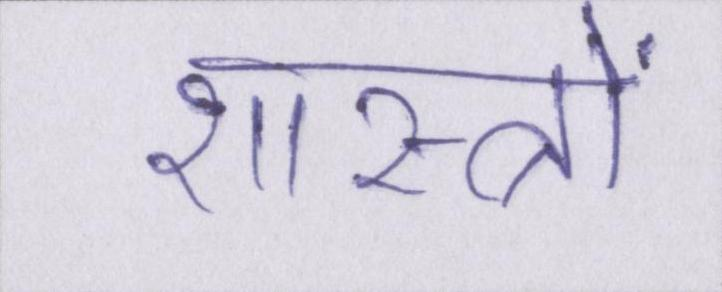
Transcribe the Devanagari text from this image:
शास्त्रों